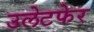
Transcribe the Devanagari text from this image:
उलेटफेर